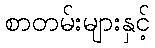
စာတမ်းများနှင့်